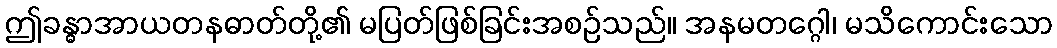
ဤခန္ဓာအာယတနဓာတ်တို့၏ မပြတ်ဖြစ်ခြင်းအစဉ်သည်။ အနမတဂ္ဂေါ၊ မသိကောင်းသော